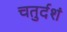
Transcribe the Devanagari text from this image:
चतुर्दशं